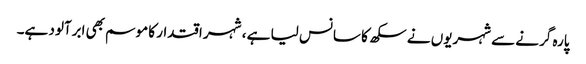
پارہ گرنے سے شہریوں نے سکھ کا سانس لیا ہے ، شہر اقتدار کا موسم بھی ابرآلود ہے۔